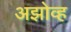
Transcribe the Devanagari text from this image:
अझोव्ह